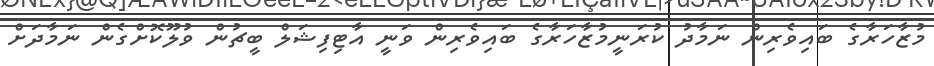
މުޒާހަރާގެ ބައިވެރިން ނަމާދު ކުރަނީމުޒާހަރާގެ ބައިވެރިން ވަނީ އާޓިފިޝަލް ބީޗުން ވުލޫކޮށްގެން ނަމާދަށް